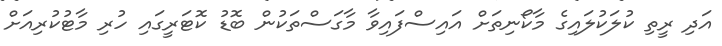
އަދި ރީތި ކުލަކުލައިގެ މާކޯނިތަށް އައިސްފައިވާ މާގަސްތަކުން ބޮޑު ކޮޓަރީގައި ހުރި މާޓުކުރިއަށް